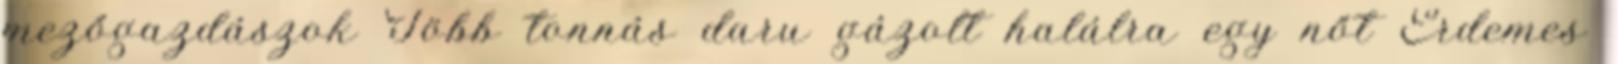
mezőgazdászok Több tonnás daru gázolt halálra egy nőt Érdemes